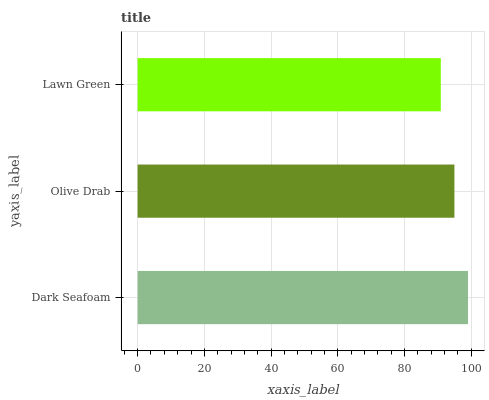
| yaxis_label | bars |
 | --- | --- |
 | Dark Seafoam | 99 |
 | Olive Drab | 94.9 |
 | Lawn Green | 90.9 |